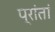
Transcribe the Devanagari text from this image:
प्रांतां